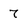
Character: 7